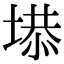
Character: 塨